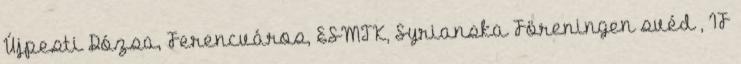
Újpesti Dózsa, Ferencváros, ESMTK, Syrianska Föreningen svéd , IF